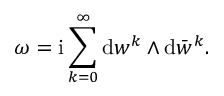
\omega = \mathrm { i } \sum _ { k = 0 } ^ { \infty } \mathrm { d } w ^ { k } \wedge \mathrm { d } \bar { w } ^ { k } .